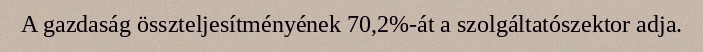
A gazdaság összteljesítményének 70,2%-át a szolgáltatószektor adja.